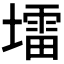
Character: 𪤠